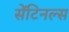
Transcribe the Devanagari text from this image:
सेंटिनल्स